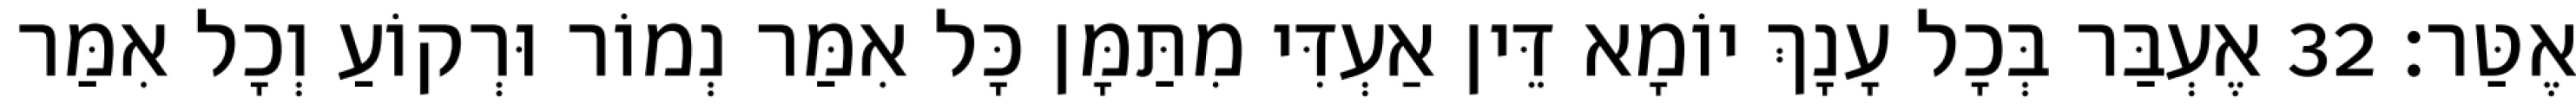
אֶטַּר׃ 32 אֶעְבַּר בְּכָל עָנָךְ יוֹמָא דֵּין אַעְדִּי מִתַּמָּן כָּל אִמַּר נְמוֹר וּרְקוֹעַ וְכָל אִמַּר